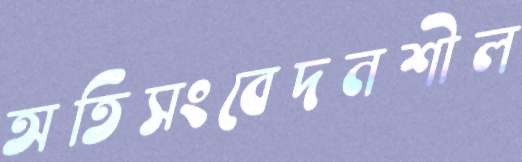
অতিসংবেদনশীল